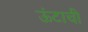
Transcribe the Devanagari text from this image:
ऊंटाची